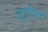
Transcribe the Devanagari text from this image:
सुगोप्यं